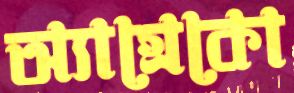
অ্যাগ্রেকো